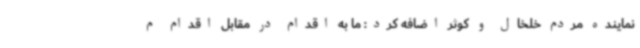
نماینده مردم خلخال و کوثر اضافه کرد: ما به اقدام در مقابل اقدام م